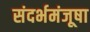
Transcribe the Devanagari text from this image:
संदर्भमंजूषा